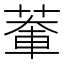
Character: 𫈹